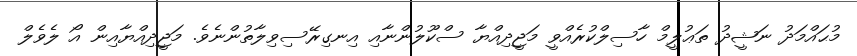
މުޙައްމަދު ނަޝީދު ތަޢުލީމް ހާސިލްކުރެއްވީ މަޖީދިއްޔާ ސްކޫލުންނާއި އިނގިރޭސިވިލާތުންނެވެ. މަޖީދިއްޔާއިން އޯ ލެވެލް